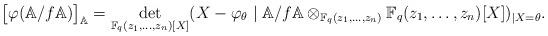
LaTeX: \begin{align*} \big[\varphi(\mathbb{A}/ f \mathbb{A})\big]_{\mathbb{A}}=\det_{\mathbb{F}_q(z_1,\dots,z_n)[X]}(X-\varphi_{\theta} \mid \mathbb{A}/f\mathbb{A}\otimes_{\mathbb{F}_q(z_1,\dots,z_n)} \mathbb{F}_q(z_1,\dots,z_n)[X])_{|X=\theta}.\end{align*}